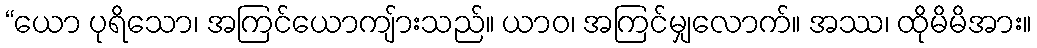
“ယော ပုရိသော၊ အကြင်ယောကျ်ားသည်။ ယာဝ၊ အကြင်မျှလောက်။ အဿ၊ ထိုမိမိအား။